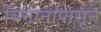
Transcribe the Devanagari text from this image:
विमानांपासून